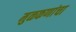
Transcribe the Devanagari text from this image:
मुळकणांचा